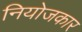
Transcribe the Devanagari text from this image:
नियोजकार